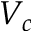
V _ { c }